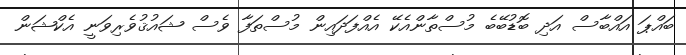
ބައްޕަ އައްބާސް އަދި ބޮޑުބޭބެ މުސްތާންއެކޭ އެއްފަދައިން މުސްތަފާ ވެސް ޝައުޤުވެރިވަނީ އެކްޝަން